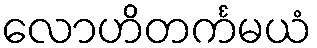
လောဟိတင်္ကမယံ